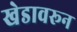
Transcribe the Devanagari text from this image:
खेडावरून